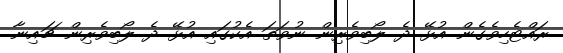
ރައްޓެހިވެގެން އުޅޭ ދެ ލޯބިވެރިން ނުވަތަ އެކުގައި އުޅޭ ދެ ލޯބިވެރިން ޗައިނާ